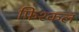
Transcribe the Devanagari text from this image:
फ़िश्कल